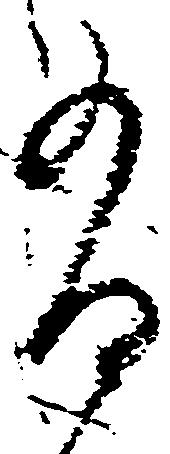
有